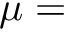
\mu =